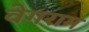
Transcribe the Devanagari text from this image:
वेगराम